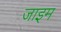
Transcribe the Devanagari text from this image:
जाइम